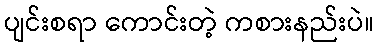
ပျင်းစရာ ကောင်းတဲ့ ကစားနည်းပဲ။